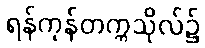
ရန်ကုန်တက္ကသိုလ်၌